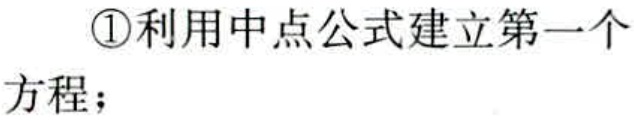
\textcircled{1}利用中点公式建立第一个方程；